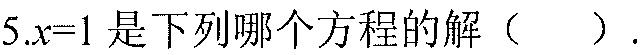
5.\(x = 1\)是下列哪个方程的解（  ）.